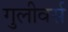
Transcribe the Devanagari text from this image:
गुलीवर्स